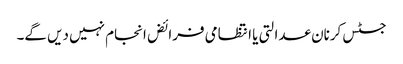
جسٹس کرنان عدالتی یا انتظامی فرائض انجام نہیں دیں گے۔